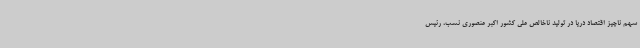
سهم ناچیز اقتصاد دریا در تولید ناخالص ملی کشور اکبر منصوری نسب، رئیس